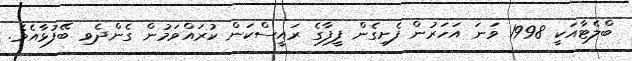
ބްލެޓާއަކީ 1998 ވަނަ އަހަރުން ފެށިގެން ފީފާގެ ރައީސްކަން ކުރައްވަމުން ގެންދެވި ބޭފުޅާއެވެ.